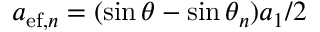
a _ { \mathrm { e f } , n } = ( \sin \theta - \sin \theta _ { n } ) a _ { 1 } / 2